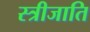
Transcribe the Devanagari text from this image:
स्त्रीजाति